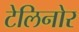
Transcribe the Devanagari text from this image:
टेलिनोर